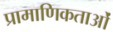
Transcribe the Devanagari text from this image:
प्रामाणिकताओं